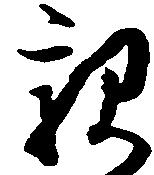
親